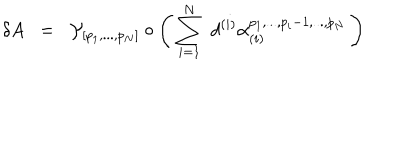
\delta A \; \; = \; \; { \cal { Y } } _ { [ p _ { 1 } , . . . , p _ { N } ] } \circ \left( \, \sum _ { i = 1 } ^ { N } \; d ^ { ( i ) } \alpha _ { ( i ) } ^ { p _ { 1 } , . . . , p _ { i } - 1 , . . . , p _ { N } } \, \right)